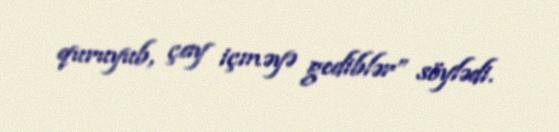
quruyub, çay içməyə gediblər” söylədi.